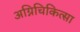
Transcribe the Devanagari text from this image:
अग्निचिकित्सा